Vital statistics of India. Vol. IV, Annual returns from 1871 to 1876. British Army of India, Native Army and jails of Bengal
Year: 1871
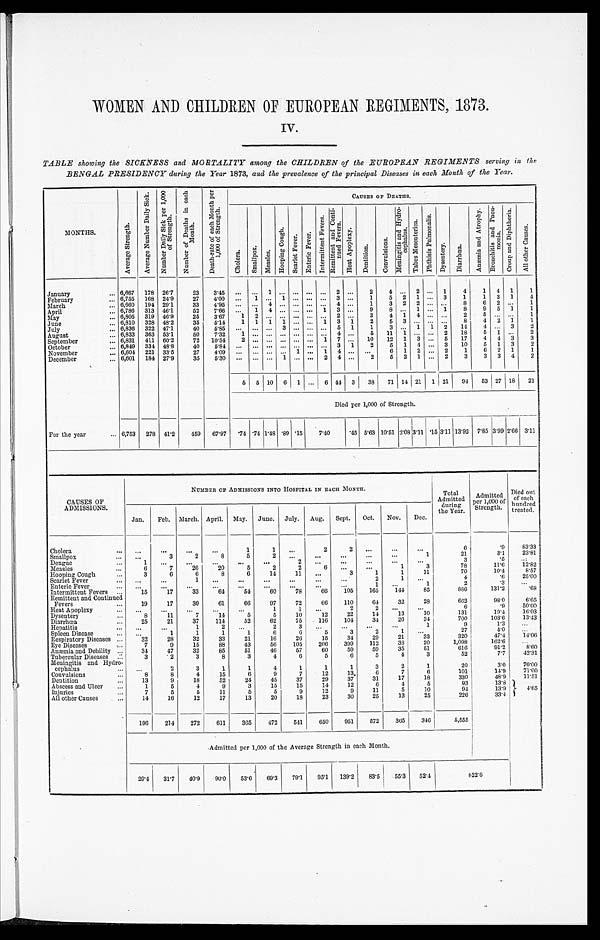
WOMEN AND CHILDREN OF EUROPEAN REGIMENTS, 1873.
TABLE showing the SICKNESS and MORTALITY among the CHILDREN of the EUROPEAN REGIMENTS serving in the
BENGAL PRESIDENCY during the Year 1873, and the prevalence of the principal Diseases in each Month of the Year.
MONTHS.
A v e r a g e S t r e n g t h .
A v e r a g e N u m b e r D a i l y S i c k .
N u m b e r D a i l y S i c k p e r 1 , 0 0 0 o f S t r e n g t h .
N u m b e r o f D e a t h s i n e a c h M o n t h .
D e a t h - r a t e o f e a c h M o n t h p e r 1 , 0 0 0 o f S t r e n g t h .
CAUSES OF DEATHs.
C h o l e r a .
S m a l l p o x .
M e a s l e s .
Hoopi ng Cough.
Scarlet Feverr.
Ent e r i c Fe ve r .
I n t e r mi t t e n t F e v e r s .
R e m i t t e n t a n d C o n t i - n u e d F e v e r s .
H e a t A p o p l e x y .
D e n t i t i o n .
C o n v u l s i o n s .
M e n i n g i t i s a n d H y d r o - c e p h a l u s .
T a b e s M e s e n t e r i c a .
P h t h i s i s P u l m o n a l i s .
D y s e n t e r y .
D i a r r h œ a .
A n æ m i a a n d A t r o p h y .
B r o n c h i t i s a n d P n e u - m o n i a .
C r o u p a n d D i a p h t h e r i a .
A l l o t h e r C a u s e s .
January . . . 6,667
178 26.7
23
3.45
. . .
. . . 1 . . . . . . . . .
. . .
2
. . .
2
4
. . . 2
. . .
1
4
1
4
1
1
6,755
168
24.9
27
4.00
. . .
1
. . . 1 . . . . . .
. . . 3
. . .
1
5
2 1
. . .
3
1
1
3
1
4
February . . .
6,660
194 29.1
33
4.95
. . .
. . .
4 . . . . . . . . .
. . . 4
. . .
1
3
2
2
. . .
. . .
8
6
2
. . .
1
March . . .
6,786
313 46.1
52
7.66
. . .
1
4 . . . . . . . . . 1
3
. . .
9
8
. . . 1
. . .
1
8
9
5
1
1
April . . .
6,805
319 46.9
25
3.67
1
2
. . . . . . . . . . . . . . .
2
. . .
3
4
1 4
. . .
. . .
2
5
. . .
. . .
1
May . . .
6,810
328 48.2
35
5.14
1
1
1
1 . . . . . .
1
3
1
2
5
3
. . .
. . .
. . .
8
4
2
1
1
June . . .
July . . . 6,836
322 47.1
40
5.85
. . .
. . .
. . . 3 . . . . . . . . .
5
1
1
3
. . . 1
1
2
14
4
. . . 3
2
6,833
363 53.1
50
7.32
1
. . .
. . . . . . . . . . . . . . .
4
. . .
5
11
1
. . .
. . .
2
18
5
1
. . .
2
August . . .
September . . . 6,831
411
60.2
72
10.54
2
. . .
. . . . . . . . . . . .
1
7
. . .
10
12
1
3
. . .
5
17
4
4
3
3
October . . . 6,849
334 48.8
40
5.84
. . .
. . .
. . . . . . . . . . . . . . . 3
1
2
5
1
4
. . .
3
10
5
1
3
2
November . . . 6,604
221
33.5
27
4.09
. . .
. . .
. . . . . .
1 . . .
1
4
. . .
. . .
6
1
2
. . .
2
1
6
2
1
1
December . . . 6,601
184 27.9
35
5.30
. . .
. . .
. . .
1
. . . . . .
2
4
. . .
2
5
2
1
. . .
2
3
3
3
4
2
5
5 10 6
1
. . . 6 44
3
38
71 14 21
1 21
94
53 27 18
21
Died per 1,000 of Strength.
For the year . . . 6,753
278 41.2
459
67.97
.74 .74 1.48 .89 .15
7 . 4 0
.45 5.63 10.51
2 . 0 8 3.11
. 1 5 3.11 13.92
7.85 3.99 2.66 3.11
CAUSES OF
ADMISSIONS.
NUMBER OF ADMISSIONS INTO HOSPITAL IN EACH MONTH.
Total
Admitted
during
the Year.
Admitted
per 1,000 of
Strength.
Died out
of each
hundred
treated.
Jan.
Feb.
March. April.
May.
June.
July.
Aug.
Sept.
Oct.
Nov.
Dec.
Cholera . . .
. . .
. . .
. . .
. . .
1
1
. . .
2
2
. . .
. . .
. . .
6
.9
83.33
23.81
Smallpox . . .
. . .
3
2
8
5
2
. . .
. . .
. . .
. . .
. . .
1
21
3.1
Dengue . . .
1
. . .
. . .
. . .
. . .
. . .
2
. . .
. . .
. . .
. . .
. . .
3
.5
. . .
Measles . . .
6
7
26
20
5
2
2
6
. . .
. . .
1
3
78
11.6
12.82
8.57
Hooping Cough . . .
3
6
6
8
6
14
11
. . .
3
1
1
11
70
10.4
Scarlet Fever . . .
. . .
. . .
1
. . .
. . .
. . .
. . .
. . .
. . .
2
1
. . .
4
. 6
25.00
Enteric Fever . . .
. . .
. . .
. . .
. . .
. . .
. . .
. . .
. . .
. . .
1
. . .
1
2
.3
. . .
Intermittent Fevers . . .
15
17
33
64
54
60
78
66
105
165
144
85
886
131.2
.68
662
98.0
6.65
Remittent and Continued
Fevers . . .
19
17
30
61
66
97
72
66
110
64
32
28
6
.9
50.00
Heat Apoplexy . . .
. . .
. . .
. . .
. . .
. . .
1
1
. . .
2
2
. . .
. . .
131
19.4
16.03
Dysentery . . .
8
11
7
14
5
5
10
12
22
14
13
10
Diarrhœa . . .
25
21
37
114
52
62
75
116
104
34
26
34
700
103.6
13.43
Hepatitis . . .
. . .
. . .
1
2
. . .
2
3
. . .
. . .
. . .
. . .
1
9
1.3
. . .
Spleen Disease . . .
. . .
1
1
1
1
6
6
5
3
2
1
. . .
27
4.0
. . .
320
47.4
1.4.06
Respiratory Diseases . . .
32
28
32
33
21
16
26
15
34
29
21
33
1,098
162.6
. . .
Eye Diseases . . .
7
9
15
88
43
56
105
206
399
112
38
20
91.2
8.60
Anæmia and Debility `34
47
32
85
51
46
57
60
59
59
35
51
616
52
7.7
42.31
Tubercular Diseases `3
2
3
8
3
4
6
5
6
5
4
3
Meningitis and Hydro -
cephalus ``2
3
1
1
4
1
1
1
3
2
1
20
3.0
70.00
14.9
71.00
Convulsions `8
8
4
15
6
9
7
12
13
6
7
6
101
48.9
11.51
Dentition `13
9
18
52
24
45
37
29
37
31
17
18
330
Abscess and Ulcer `1
5
4
9
3
15
15
14
12
6
4
5
93
13.8
4.65
Injuries `7
5
5
11
5
5
9
12
9
11
5
10
94
13.9
All other Causes `14
16
12
17
13
20
18
23
30
25
13
25
226
33.4
196
214
272
611
365
472
541
650
951
572
365
346
5,555
Admitted per 1,000 of the Average Strength in each Month.
29.4
31.7
40.9
90.0
53.6
69.3
79.1
95.1
139.2
83.5
55.3
52.4
822.6